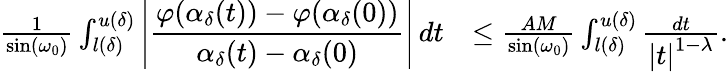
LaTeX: \begin{array}{rl}{\frac{1}{\sin(\omega_{0})}\int_{l(\delta)}^{u(\delta)}\displaystyle\left\lvert\frac{\varphi(\alpha_{\delta}(t))-\varphi(\alpha_{\delta}(0))}{\alpha_{\delta}(t)-\alpha_{\delta}(0)}\right\rvert\, dt}&{\leq\frac{AM}{\sin(\omega_{0})}\int_{l(\delta)}^{u(\delta)}\frac{dt}{\displaystyle\left\lvert t\right\rvert^{1-\lambda}}.}\end{array}